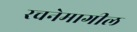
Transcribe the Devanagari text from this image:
रचनेमागील